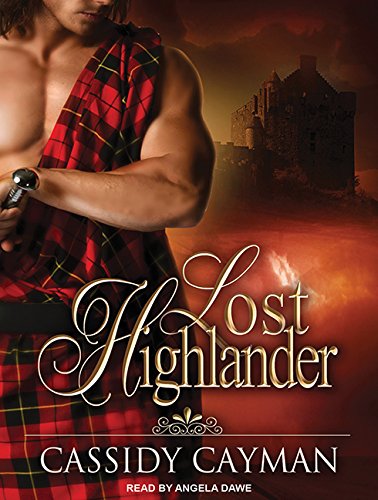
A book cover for Lost Highlander; Cassidy Cayman; Romance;